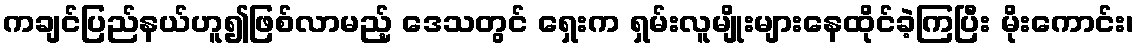
ကချင်ပြည်နယ်ဟူ၍ဖြစ်လာမည့် ဒေသတွင် ရှေးက ရှမ်းလူမျိုးများနေထိုင်ခဲ့ကြပြီး မိုးကောင်း၊